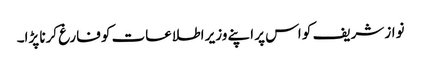
نواز شریف کو اس پر اپنے وزیر اطلاعات کو فارغ کرنا پڑا۔